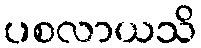
ပစလာယသိ